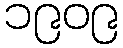
၁၉၀၉